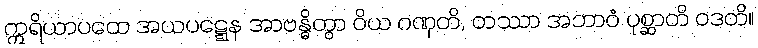
ဣရိယာပထေ အယပဋ္ဋေန အာဗန္ဓိတွာ ဝိယ ဂဏှတိ, တဿာ အဘာဝံ ပုစ္ဆာတိ ဝဒတိ။